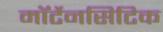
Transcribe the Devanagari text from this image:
मॉर्टेनसिटिक